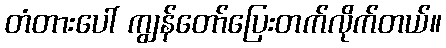
တံတားပေါ် ကျွန်တော်ပြေးတက်လိုက်တယ်။